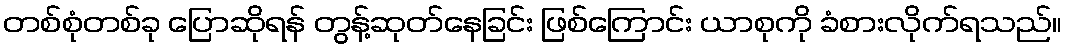
တစ်စုံတစ်ခု ပြောဆိုရန် တွန့်ဆုတ်နေခြင်း ဖြစ်ကြောင်း ယာစုကို ခံစားလိုက်ရသည်။